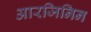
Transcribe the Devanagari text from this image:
आरजिनिन